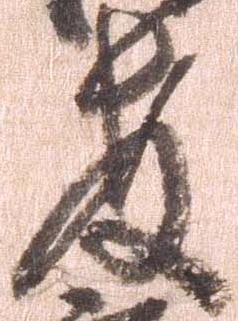
教